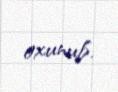
oxunub.